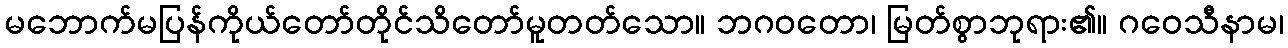
မဘောက်မပြန်ကိုယ်တော်တိုင်သိတော်မူတတ်သော။ ဘဂဝတော၊ မြတ်စွာဘုရား၏။ ဂဝေသီနာမ၊